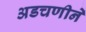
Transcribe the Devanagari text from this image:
अडचणीने